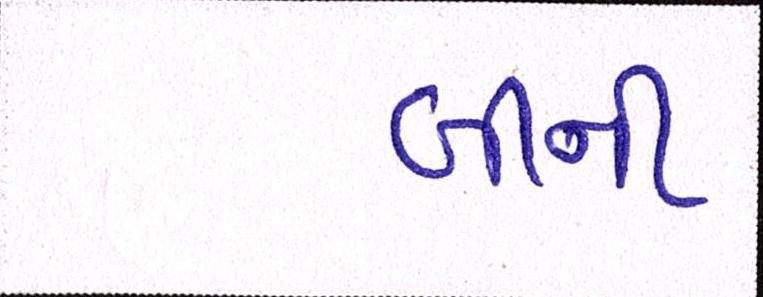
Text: બીની